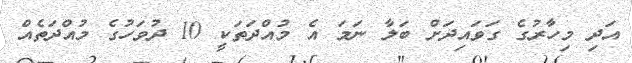
އަދި މިހާރުގެ ގަވައިދަށް ބަލާ ނަމަ އެ މުއްދަތަކީ 10 ދުވަހުގެ މުއްދަތެއް